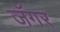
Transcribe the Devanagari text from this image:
जॅगर